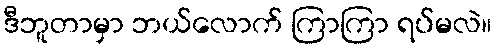
ဒီဘူတာမှာ ဘယ်လောက် ကြာကြာ ရပ်မလဲ။